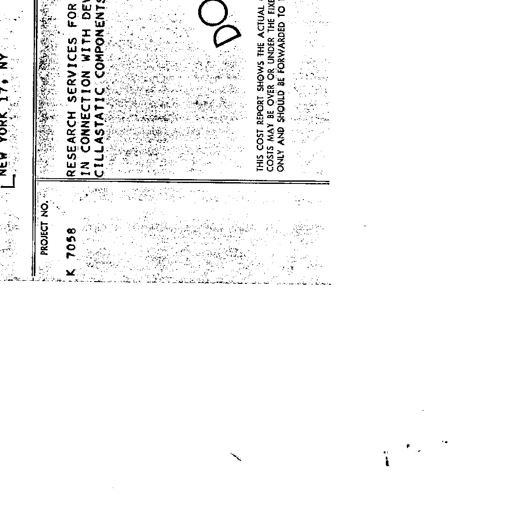
NEW YORK 17, NY
PROJECT NO.
K 7058
RESEARCH SERVICES FOR
IN CONNECTION WITH
CILLASTATIC COMPONENTS
THIS COST REPORT SHOWS THE ACTUAL
COSTS MAY BE OVER OR UNDER THE
ONLY AND SHOULD BE FORWARDED TO